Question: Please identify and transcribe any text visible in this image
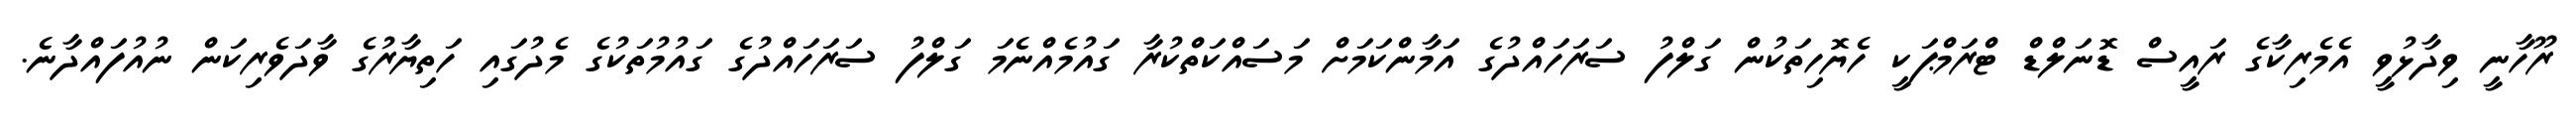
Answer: ރޫހާނީ ވިދާޅުވީ އެމެރިކާގެ ރައީސް ޑޮނަލްޑް ޓްރަމްޕަކީ ހެޔޮހިތަކުން ގަލްފު ސަރަހައްދުގެ އަމާންކަމަށް މަސައްކަތްކުރާ ގައުމެއްނެމަ ގަލްފު ސަރަހައްދުގެ ގައުމުތަކުގެ މެދުގައި ހަތިޔާރުގެ ވާދަވެރިކަން ނުއުފައްދާނެ.